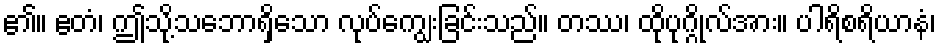
၏။ ဧတံ၊ ဤသို့သဘောရှိသော လုပ်ကျွေးခြင်းသည်။ တဿ၊ ထိုပုဂ္ဂိုလ်အား။ ပါရိစရိယာနံ၊